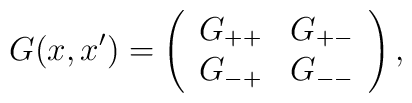
G(x,x') = \left(\begin{array}{cc}G_{++} & G_{+-} \\G_{-+} & G_{--}\end{array}\right),